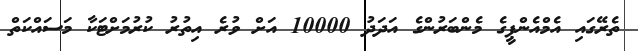
ތެރޭގައި އެމްއެންޕީގެ މެންބަރުންގެ އަދަދު 10000 އަށް ވުރެ އިތުރު ކުރުމަށްޓަކާ މަސައްކަތް